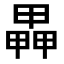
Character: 𤳅